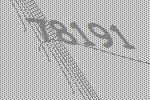
78191